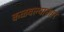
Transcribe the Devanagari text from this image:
कळवल्यानंतर